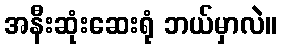
အနီးဆုံးဆေးရုံ ဘယ်မှာလဲ။